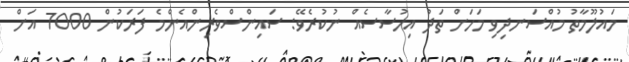
މައުލޫމާތު މުއްސަނދިވި މަހަށް ތަދު އިހުސާސެއް ނުކުރެވޭ: ސައިންސްވެރިންއެންމެ ފަރަކުން 7000 އަށް